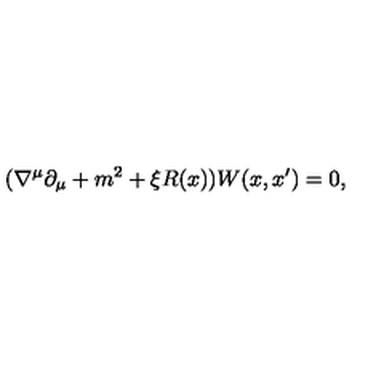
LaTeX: ( \nabla ^ { \mu } \partial _ { \mu } + m ^ { 2 } + \xi R ( x ) ) W ( x , x ^ { \prime } ) = 0 ,